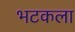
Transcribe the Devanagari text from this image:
भटकला